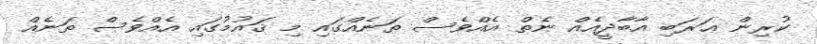
ކުރިން ޢަރަބި އާބާދީއެއް ނެތް އެއްވެސް ތަނެއްގައި މި ޤައުމުގައި އެއްވެސް ތަނެއް